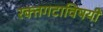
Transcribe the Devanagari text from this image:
रक्तगटाविषयी